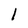
Character: 1